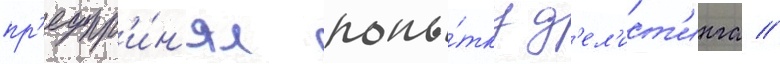
пр'едпр'и́н'ял попы́тку д'ел'ист'инга //